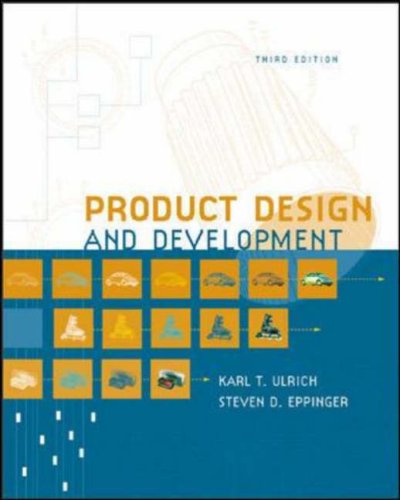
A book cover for Product Design and Development; Karl Ulrich; Business & Money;